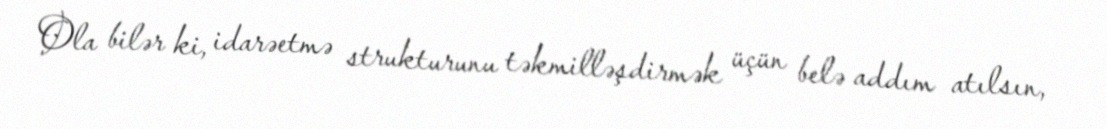
Ola bilər ki, idarəetmə strukturunu təkmilləşdirmək üçün belə addım atılsın,